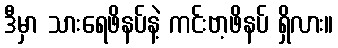
ဒီမှာ သားရေဖိနပ်နဲ့ ကင်းဗာ့ဖိနပ် ရှိလား။